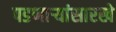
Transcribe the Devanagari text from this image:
पडणाऱ्यांसारखे